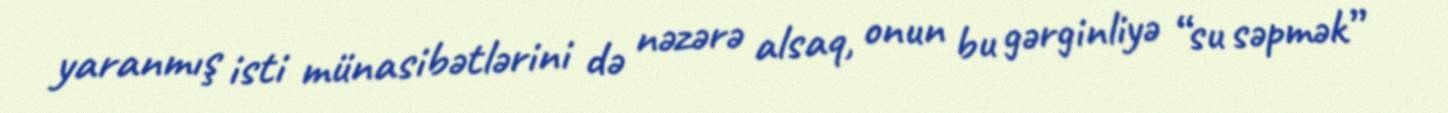
yaranmış isti münasibətlərini də nəzərə alsaq, onun bu gərginliyə “su səpmək”